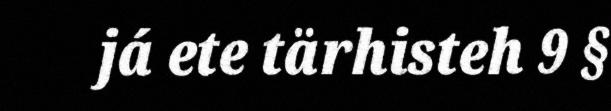
já ete tärhisteh 9 §